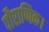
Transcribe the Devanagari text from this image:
पौराणिक।